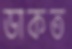
ডাকত